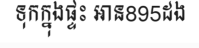
ទុកក្នុងផ្ទះ អាន895ដង